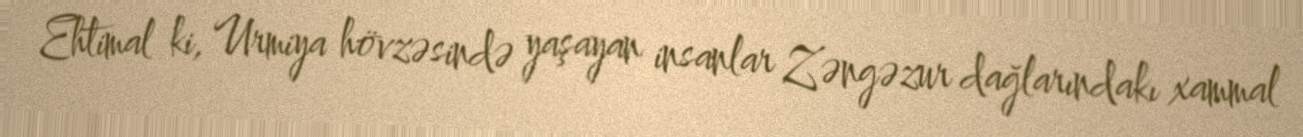
Ehtimal ki, Urmiya hövzəsində yaşayan insanlar Zəngəzur dağlarındakı xammal